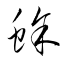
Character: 蜍